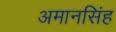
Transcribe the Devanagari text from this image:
अमानसिंह